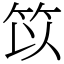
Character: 笖